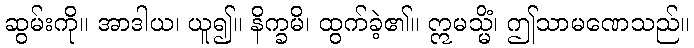
ဆွမ်းကို။ အာဒါယ၊ ယူ၍။ နိက္ခမိ၊ ထွက်ခဲ့၏။ ဣမသ္မိံ၊ ဤသာမဏေသည်။